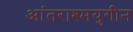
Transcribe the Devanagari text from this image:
आंतराश्मयुगीन